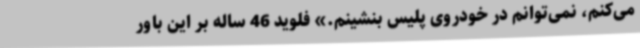
می‌کنم، نمی‌توانم در خودروی پلیس بنشینم.» فلوید 46 ساله بر این باور